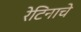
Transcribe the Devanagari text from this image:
रेटिनाचे